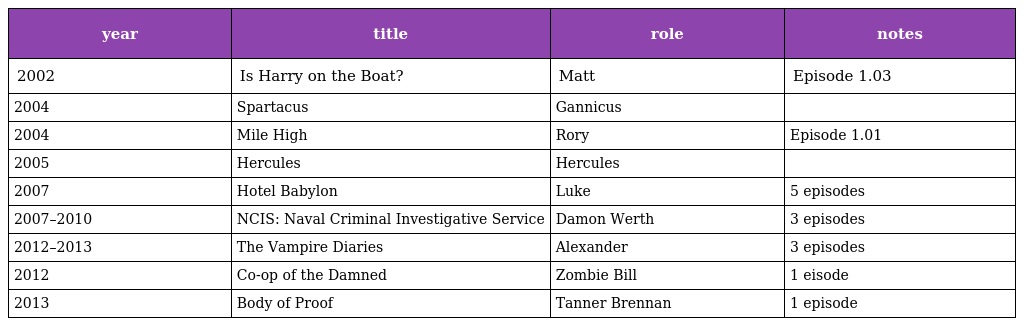
| year | title | role | notes |
 | --- | --- | --- | --- |
 | 2002 | Is Harry on the Boat? | Matt | Episode 1.03 |
 | 2004 | Spartacus | Gannicus |  |
 | 2004 | Mile High | Rory | Episode 1.01 |
 | 2005 | Hercules | Hercules |  |
 | 2007 | Hotel Babylon | Luke | 5 episodes |
 | 2007–2010 | NCIS: Naval Criminal Investigative Service | Damon Werth | 3 episodes |
 | 2012–2013 | The Vampire Diaries | Alexander | 3 episodes |
 | 2012 | Co-op of the Damned | Zombie Bill | 1 eisode |
 | 2013 | Body of Proof | Tanner Brennan | 1 episode |